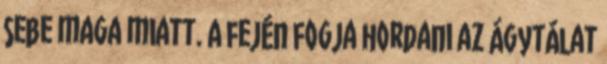
sebe maga miatt. A fején fogja hordani az ágytálat